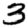
Digit: 3